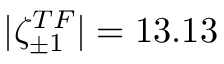
| \zeta _ { \pm 1 } ^ { T F } | = 1 3 . 1 3